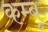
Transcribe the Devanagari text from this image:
कम्बू